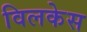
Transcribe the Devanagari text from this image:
विलकेस